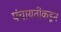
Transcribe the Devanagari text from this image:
पंचायतींकडून